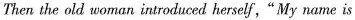
Then the old woman introduced harself,“My name is